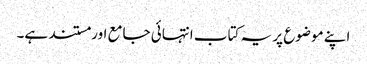
اپنے موضوع پر یہ کتاب انتہائی جامع اور مستند ہے۔